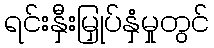
ရင်းနှီးမြှုပ်နှံမှုတွင်